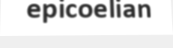
epicoelian